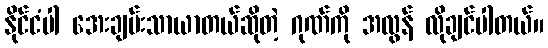
နိုင်ငံပါ အေးချမ်းသာယာတယ်ဆိုတဲ့ ဂုဏ်ကို အလွန် လိုချင်ပါတယ်။